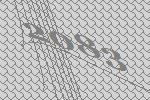
2083